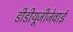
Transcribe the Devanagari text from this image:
डीडीयूजीजेवाई